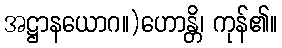
အဋ္ဌာနယောဂ။)ဟောန္တိ၊ ကုန်၏။